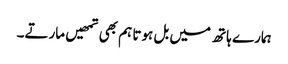
ہمارے ہاتھ میں بل ہوتا ہم بھی تمھیں مارتے۔